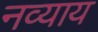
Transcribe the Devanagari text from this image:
नव्याय